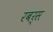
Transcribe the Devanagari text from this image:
रबर्स